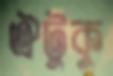
ঐটুকু